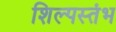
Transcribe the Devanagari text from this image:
शिल्पस्तंभ